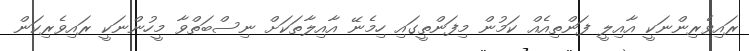
ރައިވެރިންނަކީ އާއިލީ ފަންތިއެއް ކަމުން މިފަންތީގައި ހިމެނޭ އާއިލާތަކަށް ނިސްބަތްވާ މީހުންނަކީ ރައިވެރިކަން